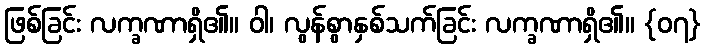
ဖြစ်ခြင်း လက္ခဏာရှိ၏။ ဝါ၊ လွန်စွာနှစ်သက်ခြင်း လက္ခဏာရှိ၏။ {၀၇}